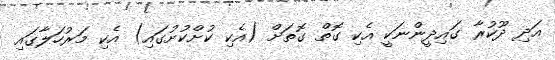
އަދި ދޫކުރާ ގައިދީންނަކީ އެކި ގޮތް ގޮތަށް (އެކި ކުށްކުށުގައި) އެކި މަރުހަލާގައި